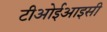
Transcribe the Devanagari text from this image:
टीओईआइसी